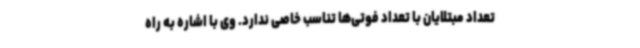
تعداد مبتلایان با تعداد فوتی‌ها تناسب خاصی ندارد. وی با اشاره به راه